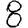
Digit: 8